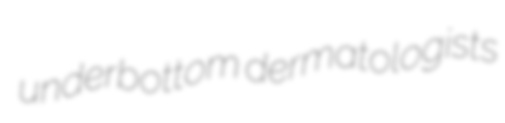
underbottom dermatologists